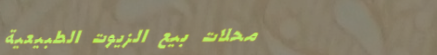
محلات بيع الزيوت الطبيعية